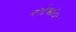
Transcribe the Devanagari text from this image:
वर्फाच्‍छादित